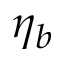
\eta _ { b }